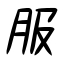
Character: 服